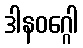
ဒါနဝဂ္ဂေါ